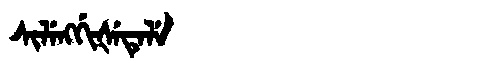
Manchu: ᠰᡳᠯᡝᠩᡤᡳᡧᡝᡨᡝᠯᡝ
Romanization: SILENGGIŠETELE